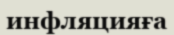
инфляцияға